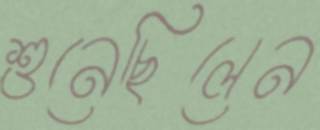
শুনেছিলেন